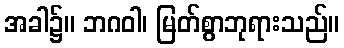
အခါ၌။ ဘဂဝါ၊ မြတ်စွာဘုရားသည်။